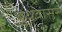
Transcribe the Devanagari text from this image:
बुधवासर